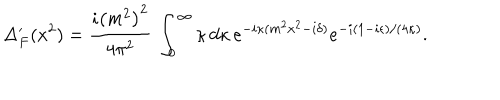
LaTeX: \Delta _ { F } ^ { \prime } ( x ^ { 2 } ) = { \frac { i \left( m ^ { 2 } \right) ^ { 2 } } { 4 \pi ^ { 2 } } } \, \int _ { 0 } ^ { \infty } \kappa \, d \kappa \, e ^ { - i \kappa ( m ^ { 2 } x ^ { 2 } - i \delta ) } e ^ { - i ( 1 - i \epsilon ) / ( 4 \kappa ) } .